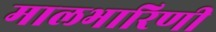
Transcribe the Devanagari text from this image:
मालभारिणी